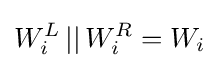
W_{i}^{L}\,||\,W_{i}^{R}=W_{i}